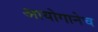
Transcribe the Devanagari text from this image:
आयोगानेच